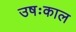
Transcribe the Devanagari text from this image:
उषःकाल